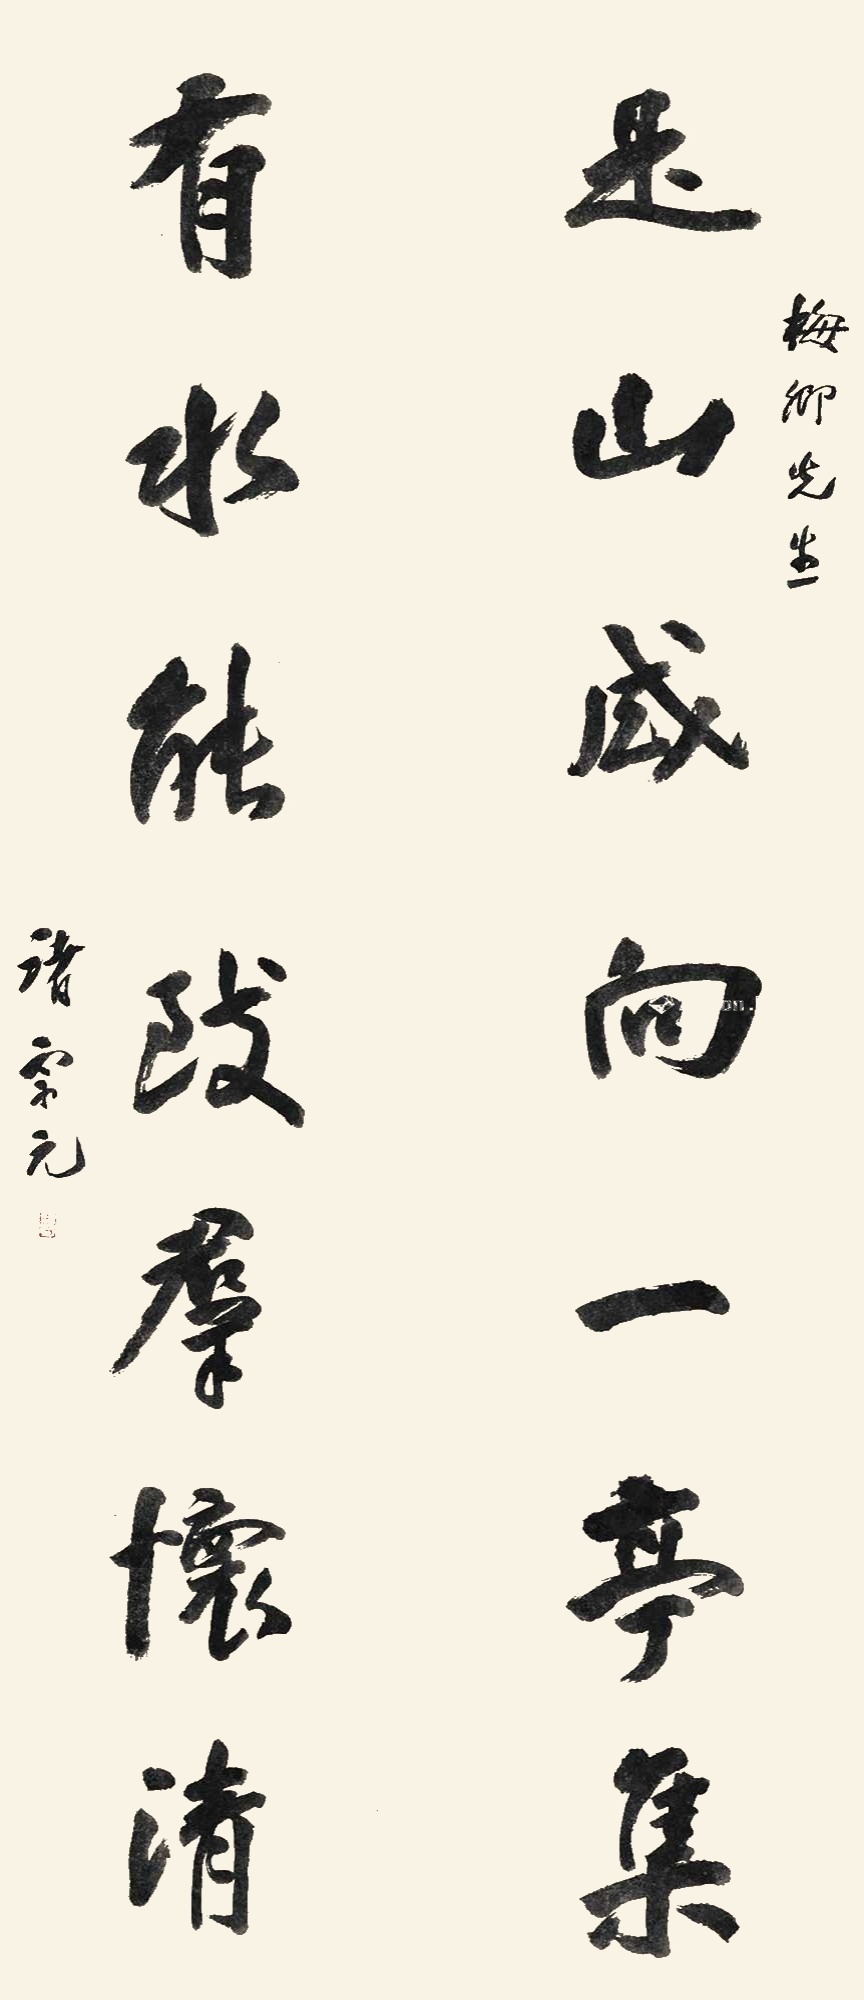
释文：是山咸向一亭集，有水能致群怀清。梅卿先生，诸宗元。